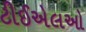
ટીઈએલઓ